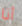
أنا